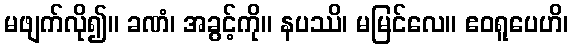
မဖျက်လို၍။ ခဏံ၊ အခွင့်ကို။ နပဿိ၊ မမြင်လေ။ ဧဝရူပေဟိ၊